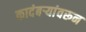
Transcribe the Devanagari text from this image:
कादंबर्‍यांवरून